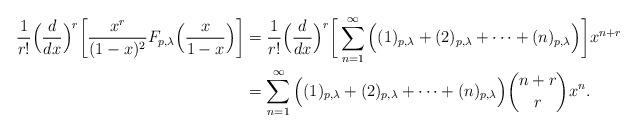
LaTeX: \begin{align*}\frac{1}{r!}\Big(\frac{d}{dx}\Big)^{r}\bigg[\frac{x^{r}}{(1-x)^{2}}F_{p,\lambda}\Big(\frac{x}{1-x}\Big)\bigg]&= \frac{1}{r!}\Big(\frac{d}{dx}\Big)^{r}\bigg[\sum_{n=1}^{\infty}\Big((1)_{p,\lambda}+(2)_{p,\lambda}+\cdots+(n)_{p,\lambda}\Big)\bigg]x^{n+r}\\&=\sum_{n=1}^{\infty}\Big((1)_{p,\lambda}+(2)_{p,\lambda}+\cdots+(n)_{p,\lambda}\Big)\binom{n+r}{r}x^{n}.\end{align*}